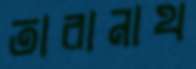
তারানাথ